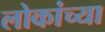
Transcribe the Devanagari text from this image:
लोकांच्‍या